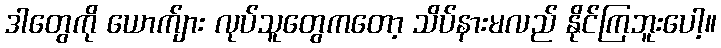
ဒါတွေကို ယောက်ျား လုပ်သူတွေကတော့ သိပ်နားမလည် နိုင်ကြဘူးပေါ့။